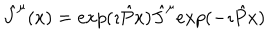
{ \hat { J } } ^ { \mu } ( x ) = e x p ( \imath { \hat { P } } x ) { \hat { J } } ^ { \mu } e x p ( - \imath { \hat { P } } x )